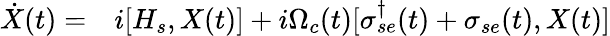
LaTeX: \begin{array}{rl}{\dot{X}(t)=}&{{}i[H_{s},X(t)]+i\Omega_{c}(t)[\sigma_{se}^{\dagger}(t)+\sigma_{se}(t),X(t)]}\end{array}